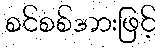
စင်စစ်အားဖြင့်